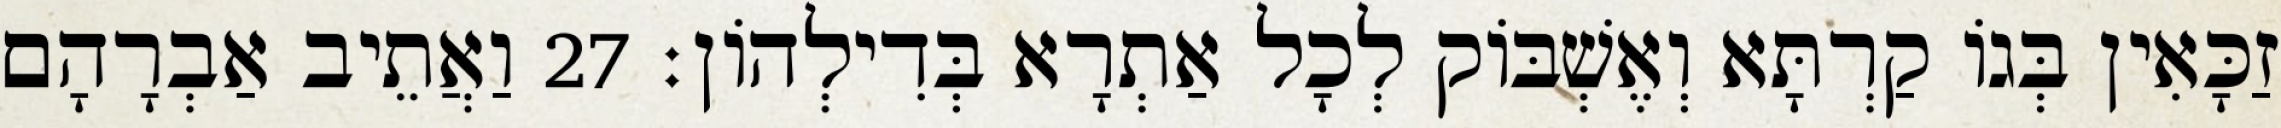
זַכָּאִין בְּגוֹ קַרְתָּא וְאֶשְׁבּוֹק לְכָל אַתְרָא בְּדִילְהוֹן׃ 27 וַאֲתֵיב אַבְרָהָם